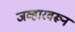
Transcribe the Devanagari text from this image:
जव्हारवरून